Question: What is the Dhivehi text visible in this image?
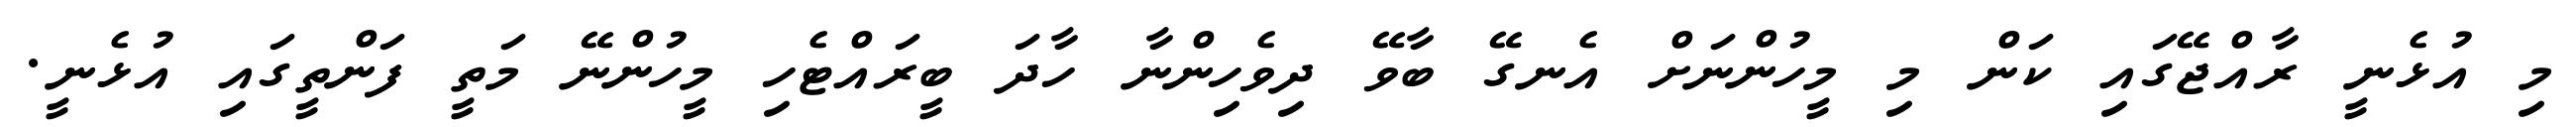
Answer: މި އުޅެނީ ރާއްޖޭގައި ކަން މި މީހުންނަށް އެނގޭ ބާވޭ ދިވެހިންނާ ހާދަ ބީރައްޓެހި މީހުންނޭ މަތީ ފަންތީގައި އުޅެނީ.